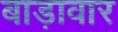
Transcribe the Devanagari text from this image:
बाड़ावार